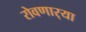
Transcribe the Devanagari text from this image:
रोवणार्‍या